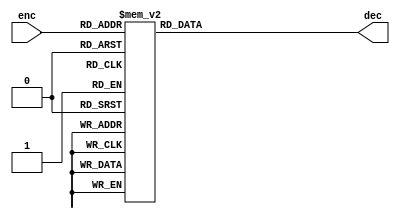
`timescale 1ns / 1ps
//////////////////////////////////////////////////////////////////////////////////
// Company: 
// Engineer: 
// 
// Design Name: 
// Module Name:    dec5to32 
// Project Name: 
// Target Devices: 
// Tool versions: 
// Description: 
//
// Dependencies: 
//
// Revision: 
// Revision 0.01 - File Created
// Additional Comments: 
//
//////////////////////////////////////////////////////////////////////////////////
module dec5to32(
    input [4:0] enc,
    output reg [31:0] dec
    );

always @(*) begin

case (enc)
	
	5'b00000: dec = 32'h0000_0001;
	5'b00001: dec = 32'h0000_0002;
	5'b00010: dec = 32'h0000_0004;
	5'b00011: dec = 32'h0000_0008;
	5'b00100: dec = 32'h0000_0010;
	5'b00101: dec = 32'h0000_0020;
	5'b00110: dec = 32'h0000_0040;
	5'b00111: dec = 32'h0000_0080;
	5'b01000: dec = 32'h0000_0100;
	5'b01001: dec = 32'h0000_0200;
	5'b01010: dec = 32'h0000_0400;
	5'b01011: dec = 32'h0000_0800;
	5'b01100: dec = 32'h0000_1000;
	5'b01101: dec = 32'h0000_2000;
	5'b01110: dec = 32'h0000_4000;
	5'b01111: dec = 32'h0000_8000;
	5'b10000: dec = 32'h0001_0000;
	5'b10001: dec = 32'h0002_0000;
	5'b10010: dec = 32'h0004_0000;
	5'b10011: dec = 32'h0008_0000;
	5'b10100: dec = 32'h0010_0000;
	5'b10101: dec = 32'h0020_0000;
	5'b10110: dec = 32'h0040_0000;
	5'b10111: dec = 32'h0080_0000;
	5'b11000: dec = 32'h0100_0000;
	5'b11001: dec = 32'h0200_0000;
	5'b11010: dec = 32'h0400_0000;
	5'b11011: dec = 32'h0800_0000;
	5'b11100: dec = 32'h1000_0000;
	5'b11101: dec = 32'h2000_0000;
	5'b11110: dec = 32'h4000_0000;
	5'b11111: dec = 32'h8000_0000;
	
endcase

end

endmodule